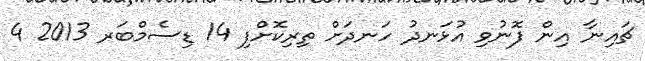
ޗައިނާ އިން ފޮނުވި އުޅަނދު ހަނދަށް ތިރިކޮށްފި 14 ޑިސެމްބަރ 2013 4